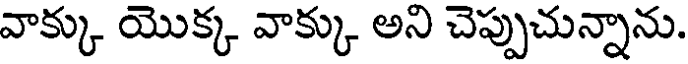
వాక్కు యొక్క వాక్కు అని చెప్పుచున్నాను.